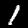
Label: 1